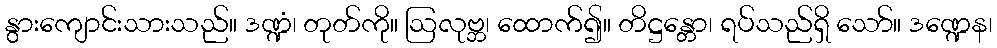
နွားကျောင်းသားသည်။ ဒဏ္ဍံ၊ တုတ်ကို။ ဩလုဗ္ဘ၊ ထောက်၍။ တိဋ္ဌန္တော၊ ရပ်သည်ရှိ သော်။ ဒဏ္ဍေန၊